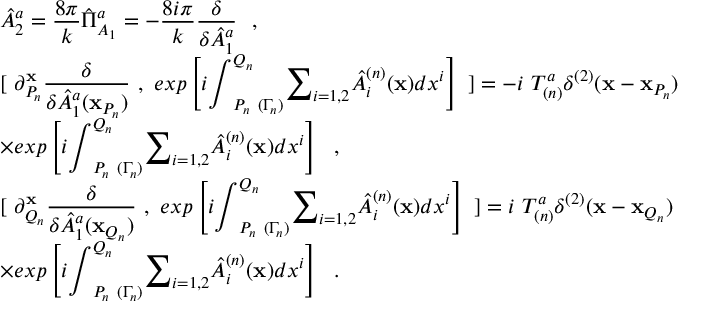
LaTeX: \begin{array} { l } { { \displaystyle \hat { A } _ { 2 } ^ { a } = \frac { 8 \pi } { k } \hat { \Pi } _ { A _ { 1 } } ^ { a } = - \frac { 8 i \pi } { k } \frac { \delta } { { \delta } \hat { A } _ { 1 } ^ { a } } ~ ~ , } } \\ { { \displaystyle [ ~ { \partial } _ { P _ { n } } ^ { { \bf x } } \frac \delta { { \delta } \hat { A } _ { 1 } ^ { a } ( { \bf x } _ { P _ { n } } ) } ~ , ~ e x p \left[ i { \int } _ { P _ { n } ~ ( { \Gamma } _ { n } ) } ^ { Q _ { n } } { \sum } _ { i = 1 , 2 } \hat { A } _ { i } ^ { ( n ) } ( { \bf x } ) d x ^ { i } \right] ~ ] = - i ~ T _ { ( n ) } ^ { a } { \delta } ^ { ( 2 ) } ( { \bf x } - { \bf x } _ { P _ { n } } ) } } \\ { { { \times } \displaystyle e x p \left[ i { \int } _ { P _ { n } ~ ( { \Gamma } _ { n } ) } ^ { Q _ { n } } { \sum } _ { i = 1 , 2 } \hat { A } _ { i } ^ { ( n ) } ( { \bf x } ) d x ^ { i } \right] ~ ~ , } } \\ { { \displaystyle [ ~ { \partial } _ { Q _ { n } } ^ { { \bf x } } \frac \delta { { \delta } \hat { A } _ { 1 } ^ { a } ( { \bf x } _ { Q _ { n } } ) } ~ , ~ e x p \left[ i { \int } _ { P _ { n } ~ ( { \Gamma } _ { n } ) } ^ { Q _ { n } } { \sum } _ { i = 1 , 2 } \hat { A } _ { i } ^ { ( n ) } ( { \bf x } ) d x ^ { i } \right] ~ ] = i ~ T _ { ( n ) } ^ { a } { \delta } ^ { ( 2 ) } ( { \bf x } - { \bf x } _ { Q _ { n } } ) } } \\ { { \displaystyle { \times } e x p \left[ i { \int } _ { P _ { n } ~ ( { \Gamma } _ { n } ) } ^ { Q _ { n } } { \sum } _ { i = 1 , 2 } \hat { A } _ { i } ^ { ( n ) } ( { \bf x } ) d x ^ { i } \right] ~ ~ . } } \end{array}